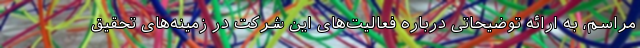
مراسم، به ارائه توضیحاتی درباره فعالیت‌های این شرکت در زمینه‌های تحقیق